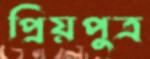
প্রিয়পুত্র